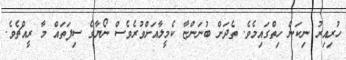
ހުރިއިރު ނިކަން ހިތްގައިމެވެ. ތެދަށް ބުނަންޏާ ކެމީލާއަށްވުރެވެސް ނޯޔާގެ ސިފަތައް މާ ރީއްޗެވެ.